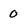
Character: 0